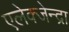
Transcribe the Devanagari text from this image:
एलेक्जेन्द्रा